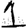
Digit: 1